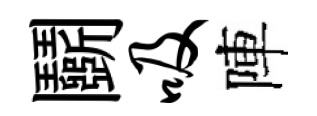
鬬吸陣